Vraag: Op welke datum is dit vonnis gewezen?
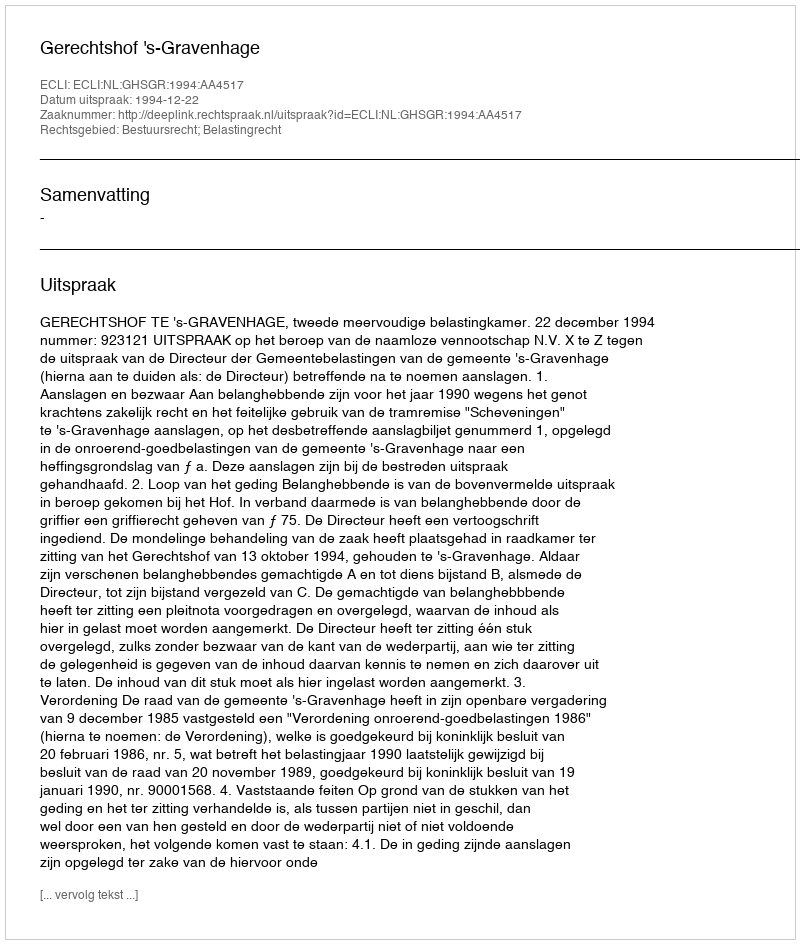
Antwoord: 1994-12-22